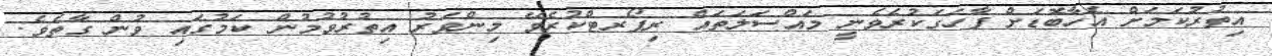
އިތުރުކަމަށް އެހާބޮޑަށް ފާހަގަކުރެވެނީ މައްސަލަތައް ރިޕޯރޓްކުރެވޭ މިންވަރު އިތުރުވުމުން ކަމުގައި ވުން ގާތެވެ.